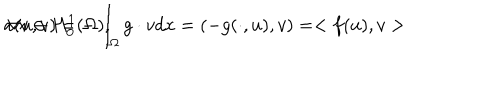
a ( u , v ) = - \int _ { \Omega } g \cdot v d x = ( - g ( \cdot , u ) , v ) = < f ( u ) , v > \hspace { 0 . 5 c m } \forall v \in H _ { 0 } ^ { 1 } ( \Omega ) ,